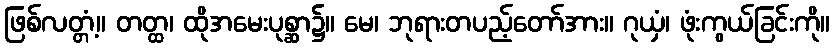
ဖြစ်လတ္တံ့။ တတ္ထ၊ ထိုအမေးပုစ္ဆာ၌။ မေ၊ ဘုရားတပည့်တော်အား။ ဂုယှံ၊ ဖုံးကွယ်ခြင်းကို။